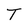
Character: T